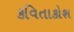
કવિતાકોશ